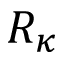
R _ { \kappa }